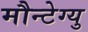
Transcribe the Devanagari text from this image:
मौन्टेग्यु